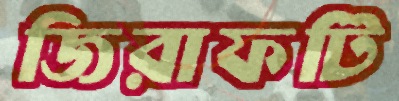
জিরাফটি